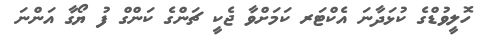
ހޮލީވުޑްގެ ކުޅަދާނަ އެކްޓަރ ކަމަށްވާ ޖެކީ ޗަންގެ ކަންގް ފު ޔޯގާ އަންނަ